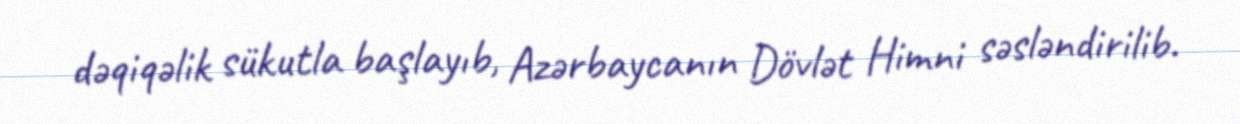
dəqiqəlik sükutla başlayıb, Azərbaycanın Dövlət Himni səsləndirilib.